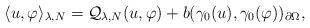
LaTeX: \begin{align*}\langle u,\varphi\rangle_{\lambda,N}=\mathcal{Q}_{\lambda,N}(u,\varphi)+b(\gamma_0(u),\gamma_0(\varphi))_{\partial\Omega},\end{align*}